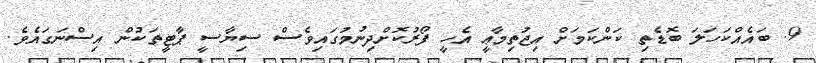
9. ބައެއްކަހަލަ ބޮޑެތި ކަންކަމަށް އިޖުތިމާޢީ އެހީ ފޯރުކޮށްދިނުމުގައިވެސް ސިޔާސީ ޕާޓީތަކުން އިސްނަގައެވެ.